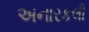
અનારકલી